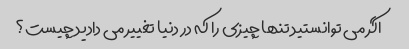
اگر می توانستید تنها چیزی را که در دنیا تغییر می دادید چیست؟